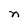
Character: n